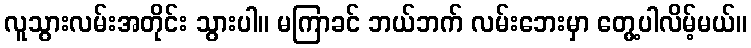
လူသွားလမ်းအတိုင်း သွားပါ။ မကြာခင် ဘယ်ဘက် လမ်းဘေးမှာ တွေ့ပါလိမ့်မယ်။